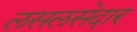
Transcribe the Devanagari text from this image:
लसलसेदार